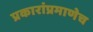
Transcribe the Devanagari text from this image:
प्रकारांप्रमाणेच